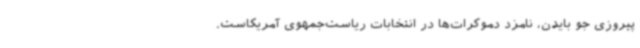
پیروزی جو بایدن، نامزد دموکرات‌ها در انتخابات ریاست‌جمهوی آمریکاست.